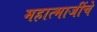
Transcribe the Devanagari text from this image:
महात्माजींचे